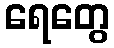
ရေတွေ